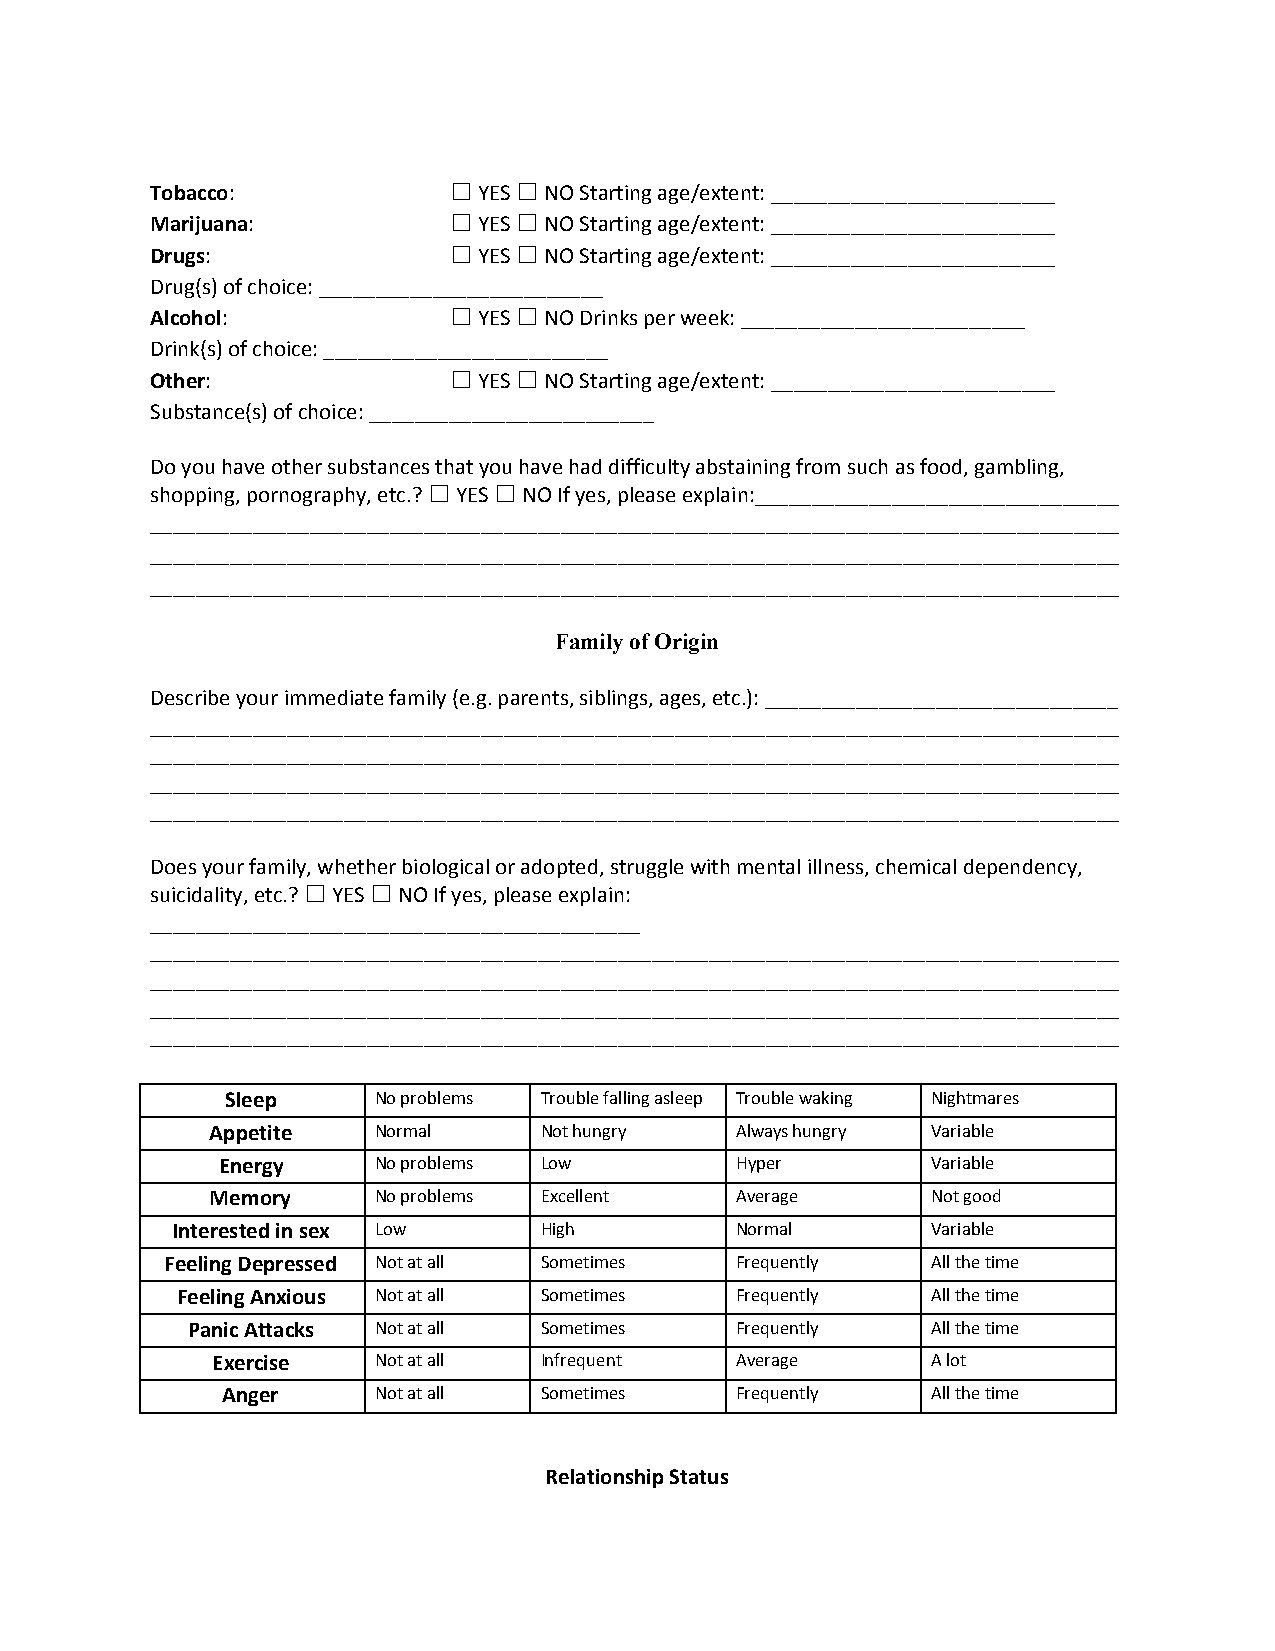
Tobacco:            ☐ YES ☐ NO Starting age/extent: _________________________
 ​               ​  ​ ​
 Marijuana:          ☐ YES ☐ NO Starting age/extent: _________________________
 ​              ​  ​ ​
 Drugs:              ☐ YES ☐ NO Starting age/extent: _________________________
 ​                ​  ​ ​
 Drug(s) of choice: _________________________
 Alcohol:            ☐ YES ☐ NO Drinks per week: _________________________
 ​               ​  ​ ​
 Drink(s) of choice: _________________________
 Other:              ☐ YES ☐ NO Starting age/extent: _________________________
 ​                ​  ​ ​
 Substance(s) of choice: _________________________
 Do you have other substances that you have had difficulty abstaining from such as food, gambling,
 shopping, pornography, etc.? ☐ YES ☐ NO If yes, please explain:________________________________
 ​ ​  ​ ​
 _____________________________________________________________________________________
 _____________________________________________________________________________________
 _____________________________________________________________________________________
 Family of Origin
 Describe your immediate family (e.g. parents, siblings, ages, etc.): _______________________________
 _____________________________________________________________________________________
 _____________________________________________________________________________________
 _____________________________________________________________________________________
 _____________________________________________________________________________________
 Does your family, whether biological or adopted, struggle with mental illness, chemical dependency,
 suicidality, etc.? ☐ YES ☐ NO If yes, please explain:
 ​ ​  ​ ​
 ___________________________________________
 _____________________________________________________________________________________
 _____________________________________________________________________________________
 _____________________________________________________________________________________
 _____________________________________________________________________________________
 Sleep     No problems Trouble falling asleep Trouble waking Nightmares
 Appetite   Normal     Not hungry   Always hungry Variable
 Energy     No problems Low         Hyper        Variable
 Memory     No problems Excellent   Average      Not good
 Interested in sex Low    High         Normal       Variable
 Feeling Depressed Not at all Sometimes Frequently  All the time
 Feeling Anxious Not at all Sometimes Frequently   All the time
 Panic Attacks Not at all Sometimes   Frequently   All the time
 Exercise   Not at all Infrequent   Average      A lot
 Anger     Not at all Sometimes    Frequently   All the time
 Relationship Status